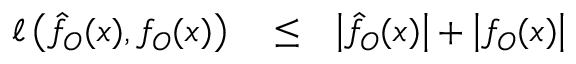
\begin{array} { r l r } { \ell \left( \hat { f } _ { O } ( x ) , f _ { O } ( x ) \right) } & { { } \le } & { \left| \hat { f } _ { O } ( x ) \right| + \left| f _ { O } ( x ) \right| } \end{array}